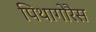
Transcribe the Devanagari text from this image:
पिथागोरैस